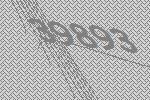
39893